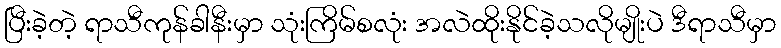
ပြီးခဲ့တဲ့ ရာသီကုန်ခါနီးမှာ သုံးကြိမ်စလုံး အလဲထိုးနိုင်ခဲ့သလိုမျိုးပဲ ဒီရာသီမှာ